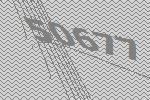
50677